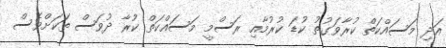
އަދި މަސައްކަތް ކުރާވަގުތު ކުޑަ ކުރުމާއި ރަސްމީ މަސައްކަތް ކުރާ ދުވަސް ތަކަށްވެސް